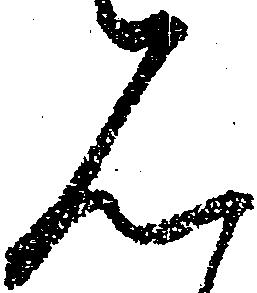
見